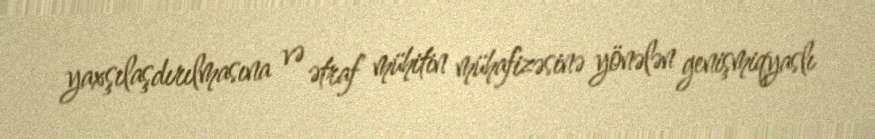
yaxşılaşdırılmasına və ətraf mühitin mühafizəsinə yönələn genişmiqyaslı